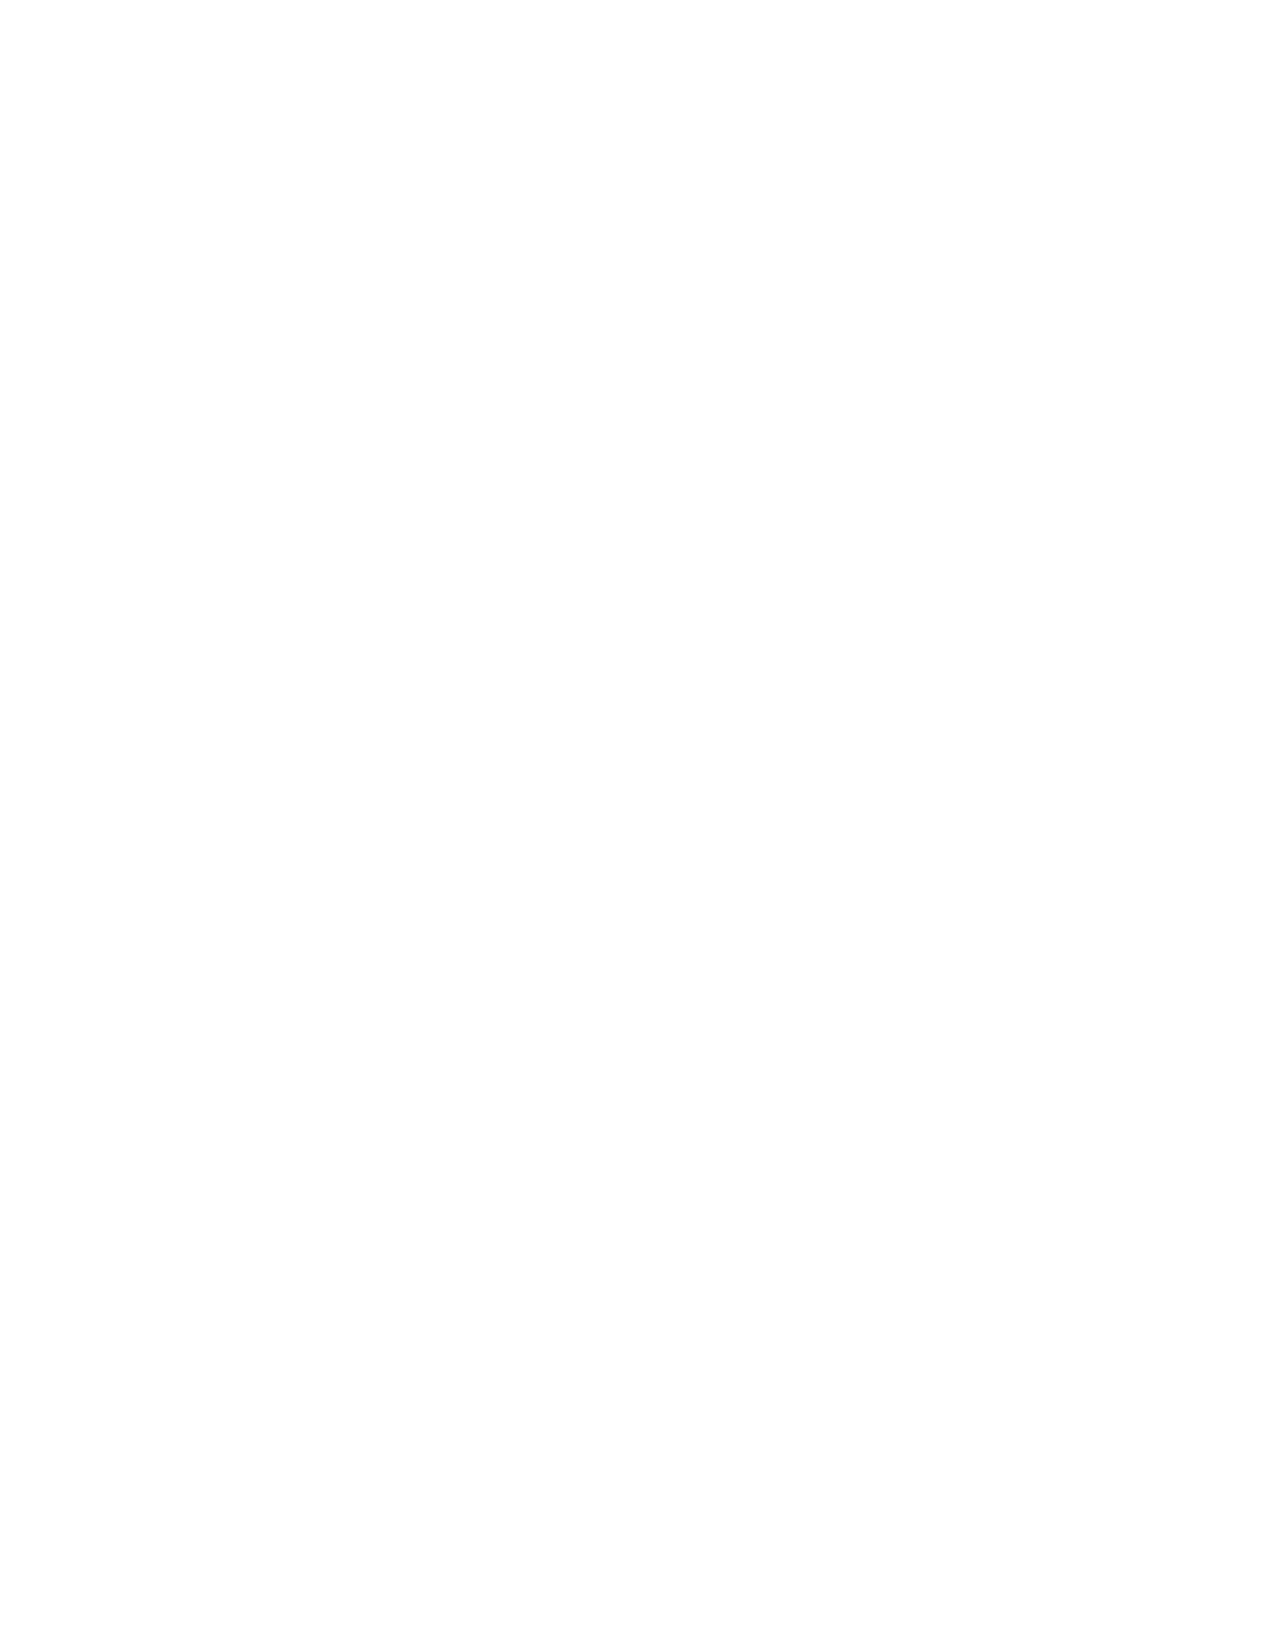
VerDate Apr 14 2004 11:04 Apr 14, 2004 Jkt 077500 PO 00000 Frm 00004 Fmt 8221 Sfmt 8221 C:\CONAN\CON002.XXX PRFM99 PsN: CON002